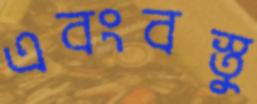
এবংবস্তু